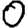
Digit: 0